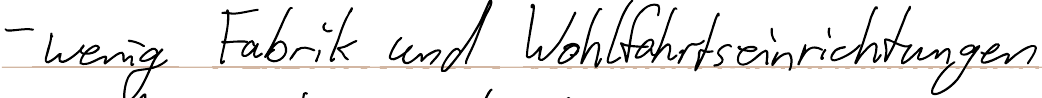
- wenig Fabrik und Wohlfahrtseinrichtungen